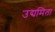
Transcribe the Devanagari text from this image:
उद्यमिता